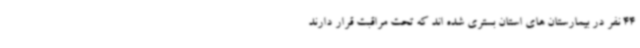
44 نفر در بیمارستان های استان بستری شده اند که تحت مراقبت قرار دارند